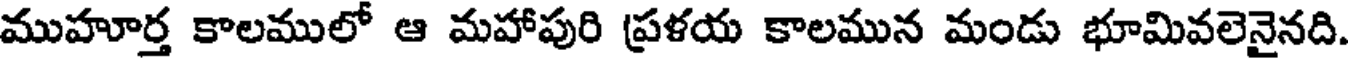
ముహూర్త కాలములో ఆ మహాపురి ప్రళయ కాలమున మండు భూమివలెనైనది.